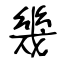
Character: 幾